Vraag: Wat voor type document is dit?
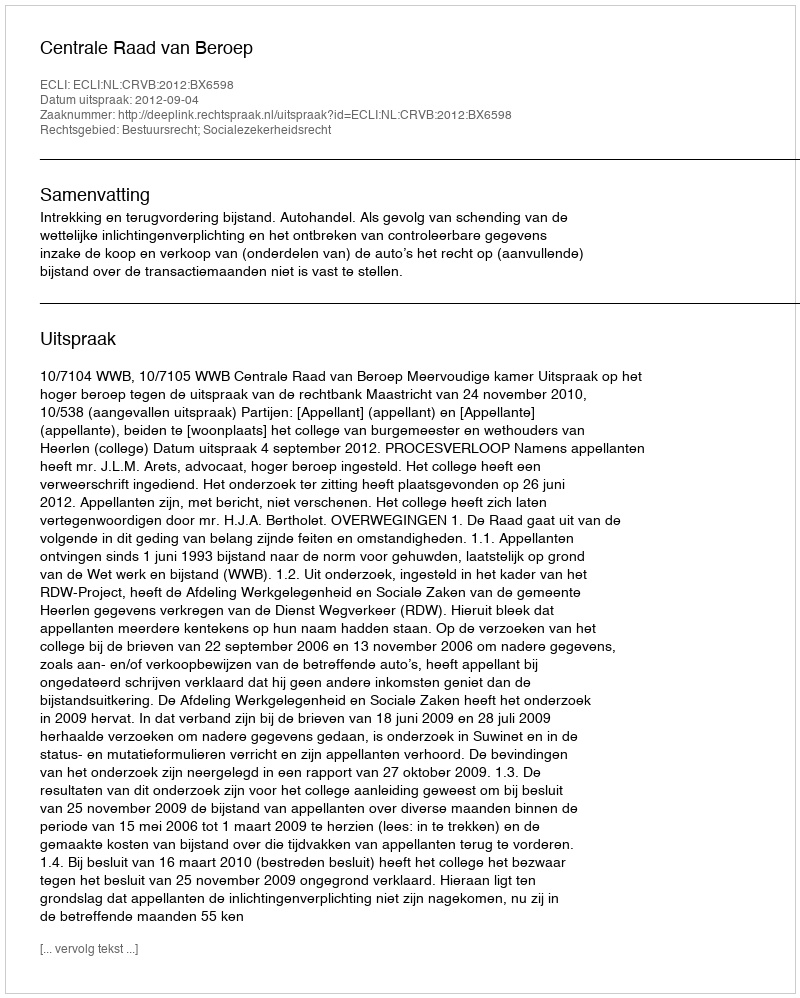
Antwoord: Uitspraak